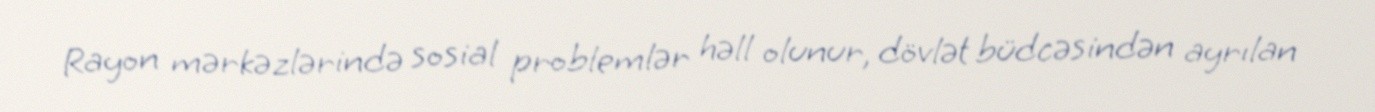
Rayon mərkəzlərində sosial problemlər həll olunur, dövlət büdcəsindən ayrılan